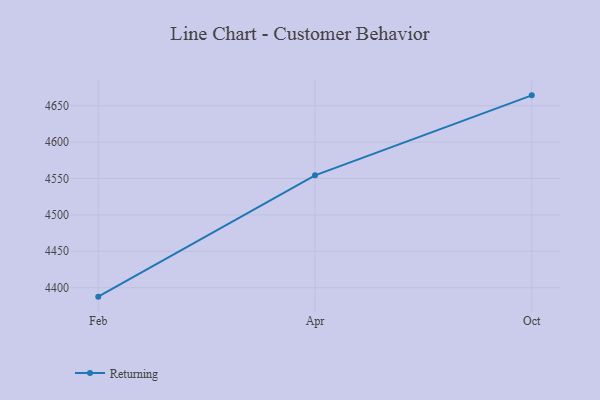
{"axis": {"x": "Month", "y": "Website Visitors"}, "legend": ["Returning"], "data": [{"x": "Feb", "y": 4387.7, "type": "Returning"}, {"x": "Apr", "y": 4554.3, "type": "Returning"}, {"x": "Oct", "y": 4664.2, "type": "Returning"}]}